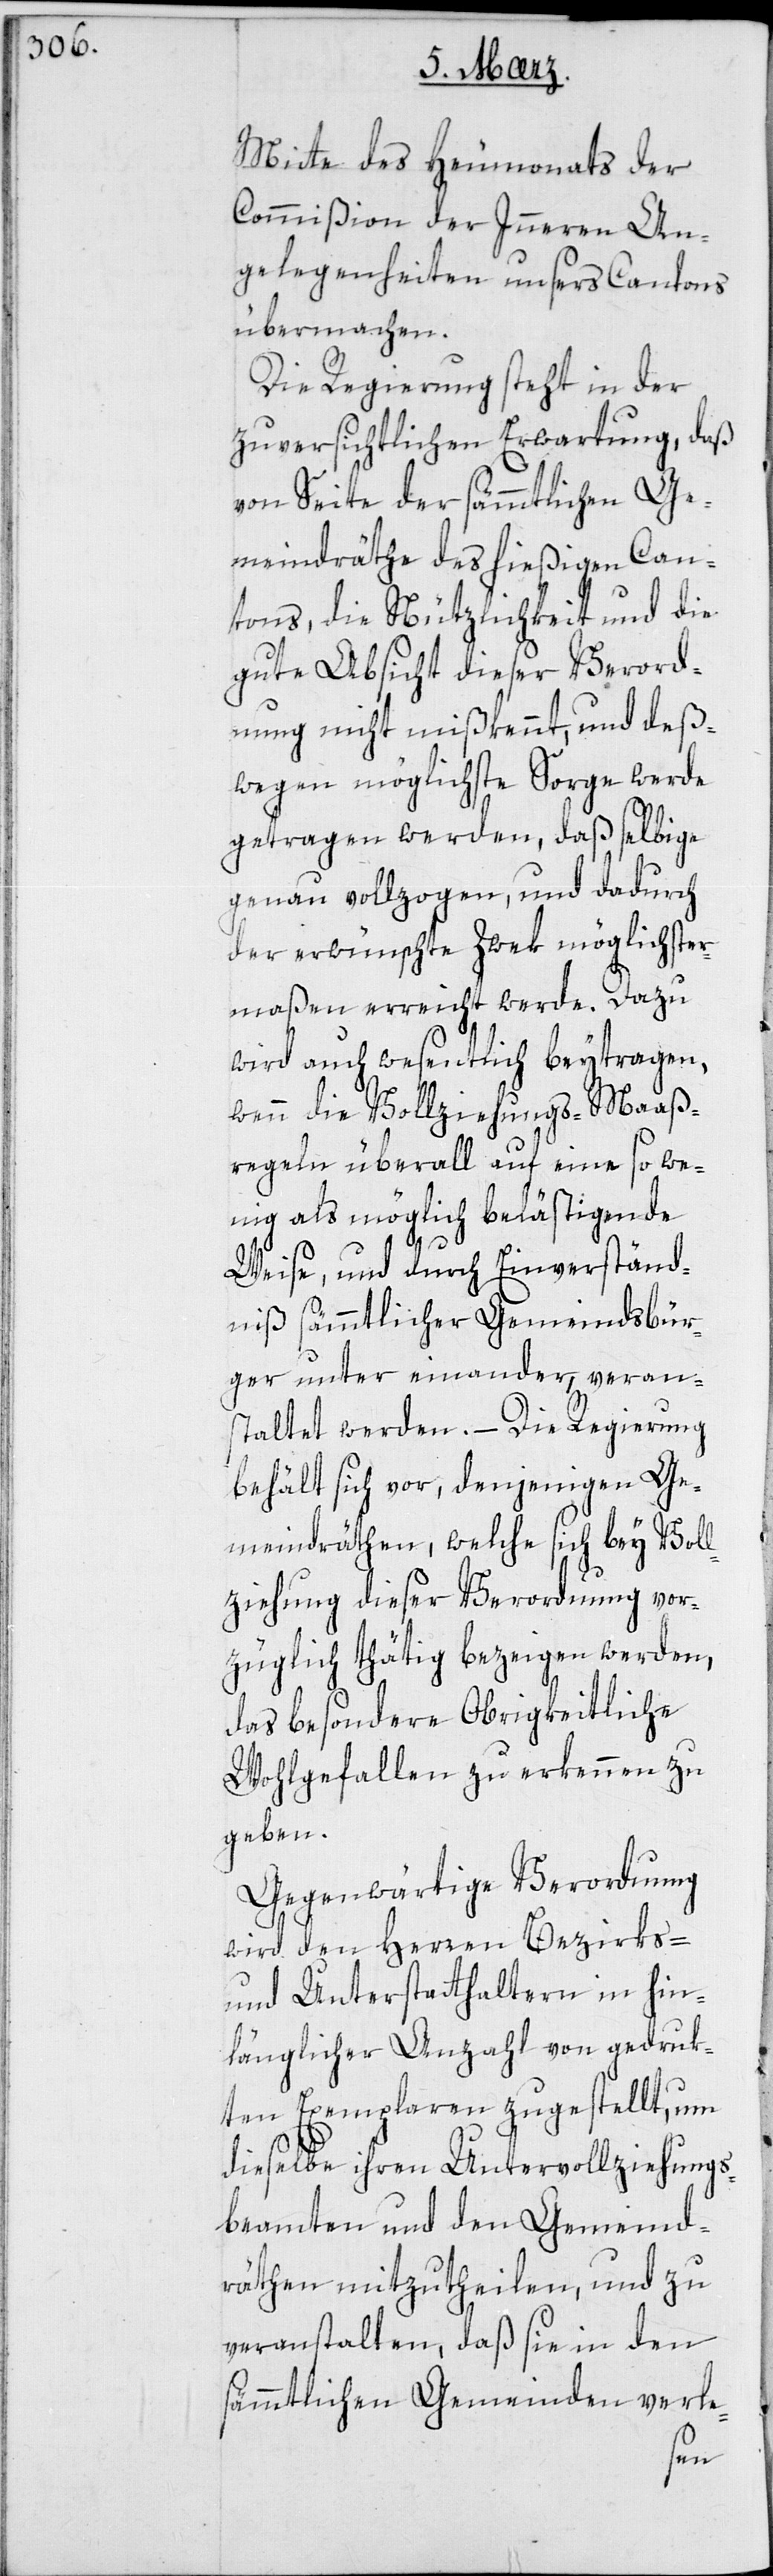
Mitte des Heumonats der
Commißion der Innern An¬
gelegenheiten unsers Cantons
übermachen.
Die Regierung steht in der
zuversichtlichen Erwartung, daß
von Seite der sämmtlichen Ge¬
meindräthe des hießigen Can¬
tons, die Nützlichkeit und die
gute Absicht dieser Verord¬
nung nicht mißkennt, und deß¬
wegen möglichste Sorge werde
getragen werden, daß selbige
genau vollzogen und dadurch
der erwünschte Zweck möglichster¬
maßen erreicht werde. Dazu
wird auch wesentlich beitragen,
wenn die Vollziehungs-Maaß¬
regeln überall auf eine so we¬
nig als möglich belästigende
Weise, und durch Einverständ¬
niß sämmtlicher Gemeindsbür¬
ger unter einander, veran¬
staltet werden. – Die Regierung
behält sich vor, denjenigen Ge¬
meindräthen, welche sich bey Voll¬
ziehung dieser Verordnung vor¬
züglich thätig bezeigen werden,
das besondere Obrigkeitliche
Wohlgefallen zu erkennen zu
geben.
Gegenwärtige Verordnung
wird den Herren Bezirks-
und Unterstatthalteren in hin¬
länglicher Anzahl von gedruk¬
ten Exemplaren zugestellt, um
dieselbe ihren Untervollziehung¬
s-Beamten und den Gemeind¬
räthen mitzutheilen, und zu
veranstalten, daß sie in den
sämmtlichen Gemeinden verle-